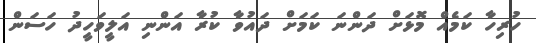
ހުރިހާ ކަމެއް މޮޅަށް ދަންނަ ކަމަށް ދައުވާ ކުރާ އަންނި އަލީވަހީދު ހަސަން